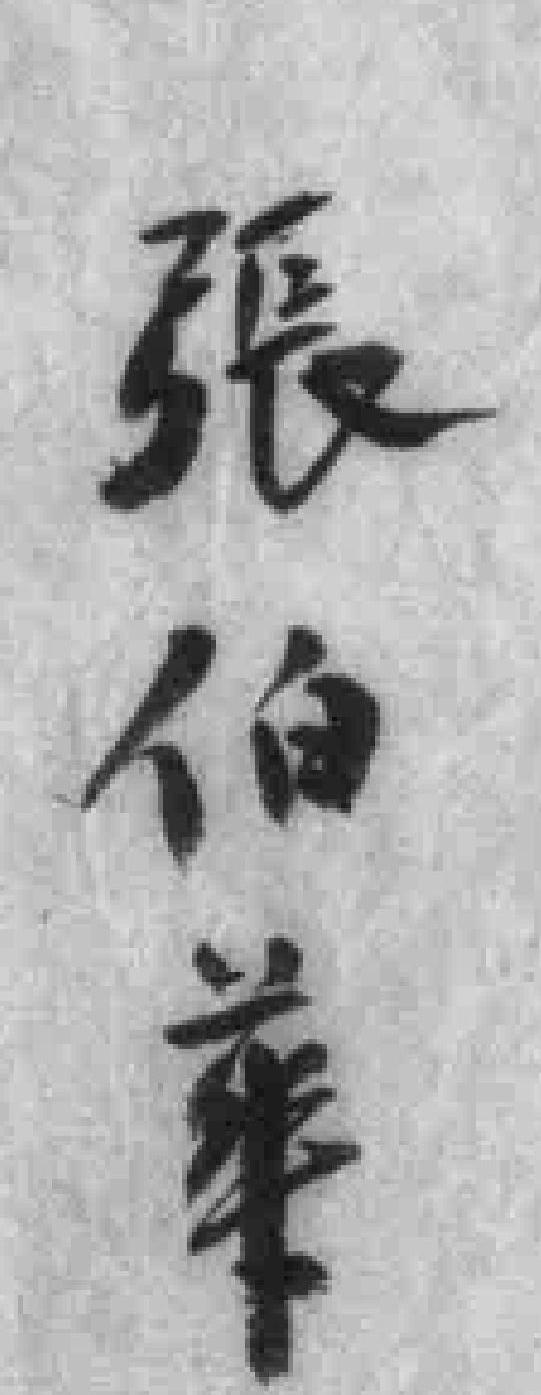
張伯華